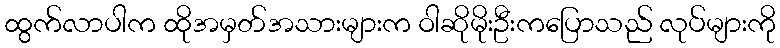
ထွက်လာပါက ထိုအမှတ်အသားများက ဝါဆိုမိုးဦးကပြောသည် လုပ်များကို